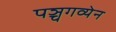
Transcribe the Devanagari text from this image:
पञ्चगव्येन